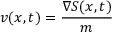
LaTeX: v ( x , t ) = { \frac { \nabla S ( x , t ) } { m } }